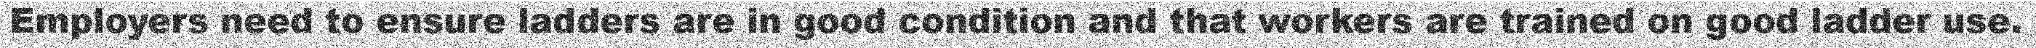
Employers need to ensure ladders are in good condition and that workers are trained on good ladder use.